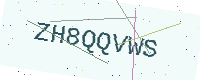
Text: ZH8QQVWS